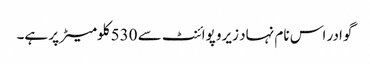
گوادر اس نام نہاد زیرو پوائنٹ سے 530 کلومیٹر پر ہے۔